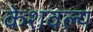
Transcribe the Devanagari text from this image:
केशवल्य